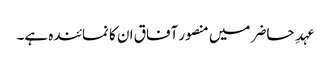
عہدِ حاضر میں منصور آفاق ان کا نمائندہ ہے۔